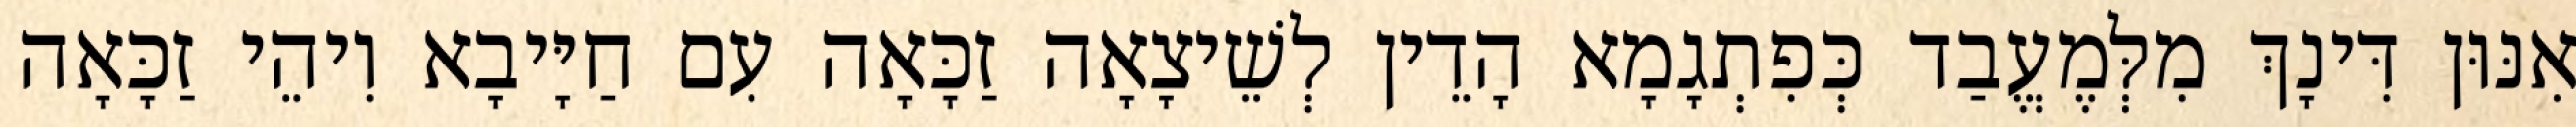
אִנּוּן דִּינָךְ מִלְּמֶעֱבַד כְּפִתְגָמָא הָדֵין לְשֵׁיצָאָה זַכָּאָה עִם חַיָּיבָא וִיהֵי זַכָּאָה